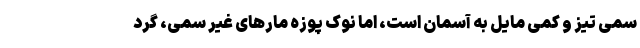
سمی تیز و کمی مایل به آسمان است، اما نوک پوزه مارهای غیر سمی، گرد